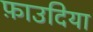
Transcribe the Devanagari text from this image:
फ़ाउदिया